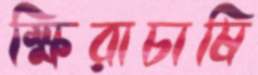
ক্ষিরাচাষি